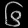
Digit: ၆